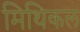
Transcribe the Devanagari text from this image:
मिथिकल